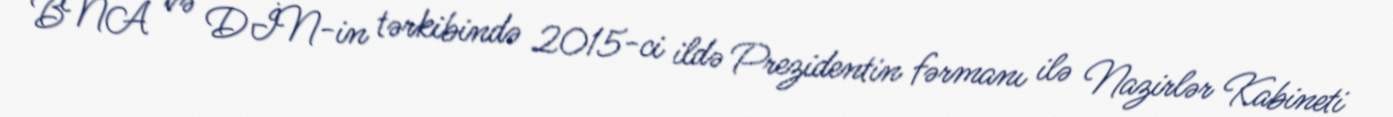
BNA və DİN-in tərkibində 2015-ci ildə Prezidentin fərmanı ilə Nazirlər Kabineti